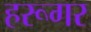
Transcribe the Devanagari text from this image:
हरूगर